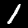
Label: 1